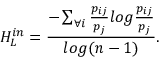
H _ { L } ^ { i n } = \frac { - \sum _ { \forall i } \frac { p _ { i j } } { p _ { j } } l o g \frac { p _ { i j } } { p _ { j } } } { l o g ( n - 1 ) } .